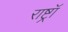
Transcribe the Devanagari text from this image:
राष्ट्रॉ